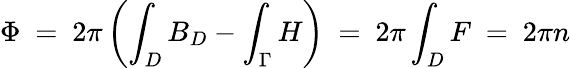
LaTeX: \Phi\ =\ 2\pi\left(\int_{D}B_{D}-\int_{\Gamma}H\right)\ =\ 2\pi\int_{D}F\ =\ 2\pi n